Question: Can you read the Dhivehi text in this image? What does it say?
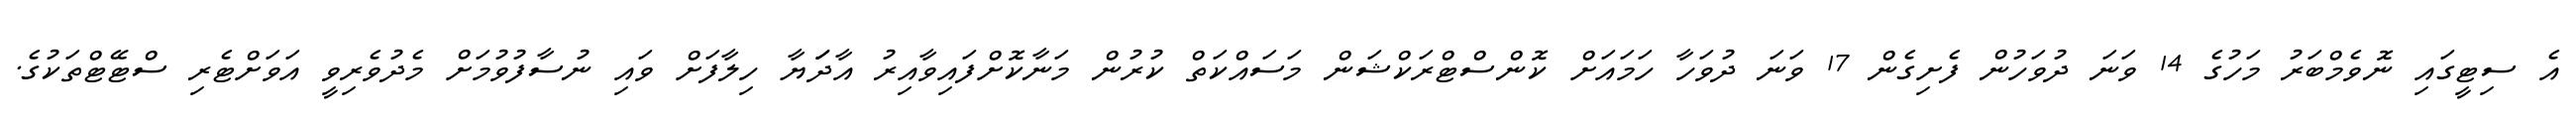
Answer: އެ ސިޓީގައި ނޮވެމްބަރު މަހުގެ 14 ވަނަ ދުވަހުން ފެށިގެން 17 ވަނަ ދުވަހާ ހަމައަށް ކޮންސްޓްރަކްޝަން މަސައްކަތް ކުރުން މަނާކޮށްފައިވާއިރު އާދަަޔާ ހިލާފަށް ވައި ނުސާފުވުމަށް މެދުވެރިވީ އަވަށްޓެރި ސްޓޭޓްތަކުގެ.